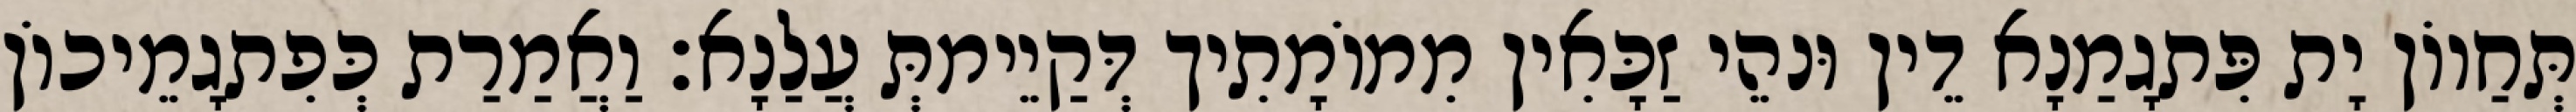
תְּחַווֹן יָת פִּתגָמַנָא דֵין וּנהֵי זַכָּאִין מִמוֹמָתִיך דְּקַיֵימתְּ עֲלַנָא׃ וַאֲמַרַת כְּפִתגָמֵיכוֹן